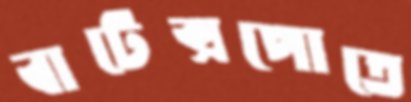
বাটেক্সপোতে